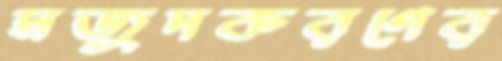
মজুদকরণের